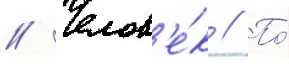
// Челов'е́к // По́